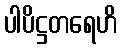
ပါပိဋ္ဌတရေဟိ